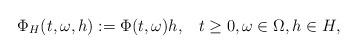
LaTeX: \begin{align*} \Phi_H(t,\omega, h) := \Phi(t,\omega)h,\;\;\; t\geq0, \omega \in \Omega, h\in H,\end{align*}